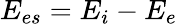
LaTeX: E_{es}=E_{i}-E_{e}